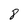
Character: 8